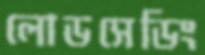
লোডসেডিং